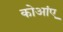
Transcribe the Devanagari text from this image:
कोआंए